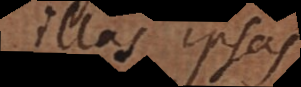
illas ipsas